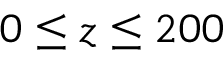
0 \le z \le 2 0 0